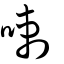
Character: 喇